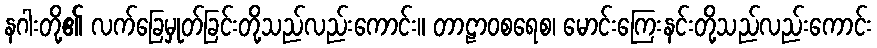
နဂါးတို့၏ လက်ခြေမှုတ်ခြင်းတို့သည်လည်းကောင်း။ တာဠာဝစရေစ၊ မောင်းကြေးနင်းတို့သည်လည်းကောင်း